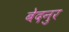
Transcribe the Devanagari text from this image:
बेदनुर